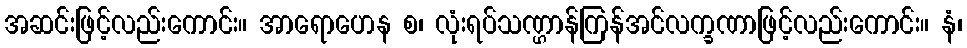
အဆင်းဖြင့်လည်းကောင်း။ အာရောဟေန စ၊ လုံးရပ်သဏ္ဌာန်ကြန်အင်လက္ခဏာဖြင့်လည်းကောင်း။ နံ၊